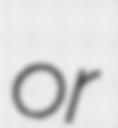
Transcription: or